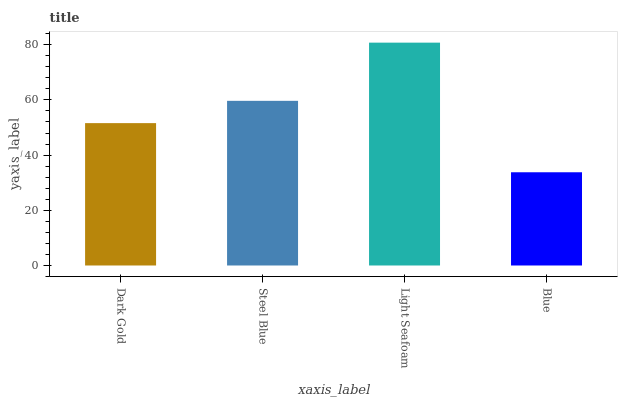
| xaxis_label | bars |
 | --- | --- |
 | Dark Gold | 51.6 |
 | Steel Blue | 59.7 |
 | Light Seafoam | 80.8 |
 | Blue | 33.8 |